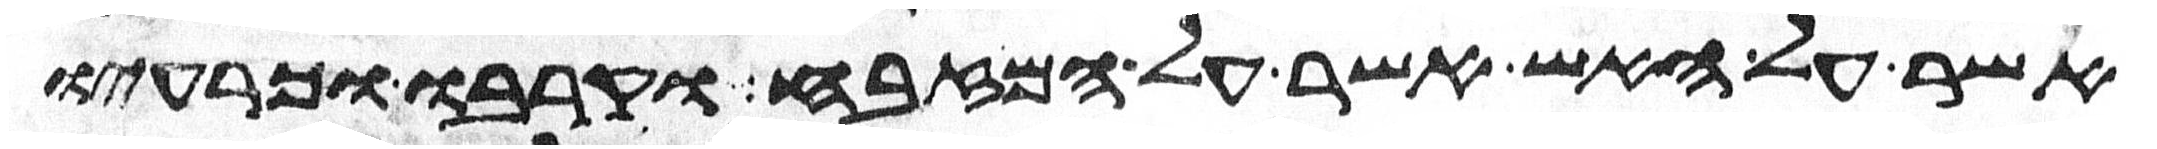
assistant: אשר על האש אשר על המזבח וקרבו וכרעיו